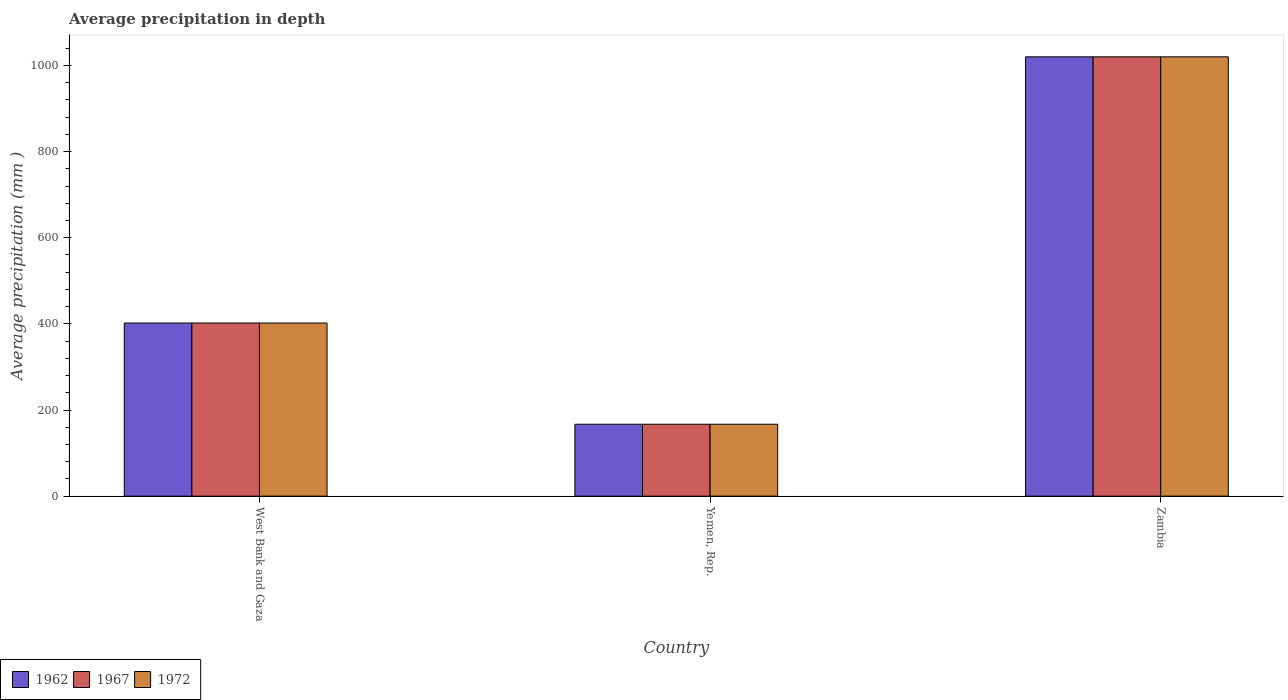
| Country | 1962 | 1967 | 1972 |
 | --- | --- | --- | --- |
 | West Bank and Gaza | 402 | 402 | 402 |
 | Yemen, Rep. | 167 | 167 | 167 |
 | Zambia | 1.02e+03 | 1.02e+03 | 1.02e+03 |